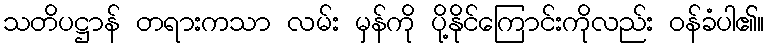
သတိပဋ္ဌာန် တရားကသာ လမ်း မှန်ကို ပို့နိုင်ကြောင်းကိုလည်း ဝန်ခံပါ၏။